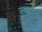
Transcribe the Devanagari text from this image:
कम्राटेन